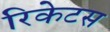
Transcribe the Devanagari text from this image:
रिकेटस